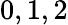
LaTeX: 0,1,2